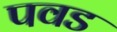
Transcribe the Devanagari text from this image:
पवड